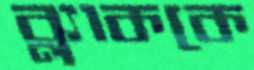
ব্ল্যাককে